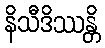
နိသီဒိဿန္တိ